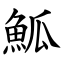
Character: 䱄